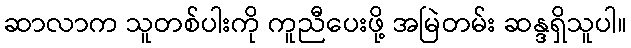
ဆာလာက သူတစ်ပါးကို ကူညီပေးဖို့ အမြဲတမ်း ဆန္ဒရှိသူပါ။